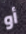
أو